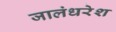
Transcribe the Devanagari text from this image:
जालंधरेश